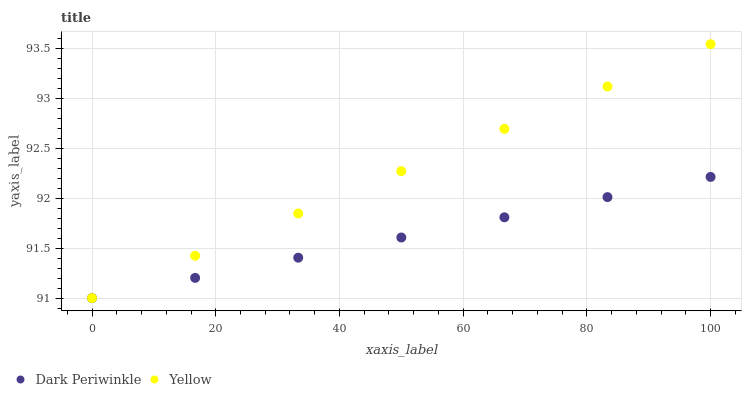
| xaxis_label | Dark Periwinkle | Yellow |
 | --- | --- | --- |
 | 0 | 91 | 91 |
 | 16.7 | 91.2 | 91.4 |
 | 33.3 | 91.4 | 91.8 |
 | 50 | 91.6 | 92.3 |
 | 66.7 | 91.8 | 92.7 |
 | 83.3 | 92 | 93.1 |
 | 100 | 92.2 | 93.5 |